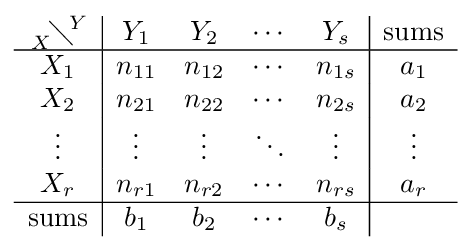
{\begin{array}{c|cccc|c}{{} \atop X}\!\diagdown \!^{Y}&Y_{1}&Y_{2}&\cdots &Y_{s}&{\text{sums}}\\\hline X_{1}&n_{11}&n_{12}&\cdots &n_{1s}&a_{1}\\X_{2}&n_{21}&n_{22}&\cdots &n_{2s}&a_{2}\\\vdots &\vdots &\vdots &\ddots &\vdots &\vdots \\X_{r}&n_{r1}&n_{r2}&\cdots &n_{rs}&a_{r}\\\hline {\text{sums}}&b_{1}&b_{2}&\cdots &b_{s}&\end{array}}